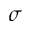
\sigma